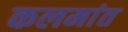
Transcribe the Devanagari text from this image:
कलमांत